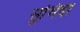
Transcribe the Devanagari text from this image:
सुभिदा